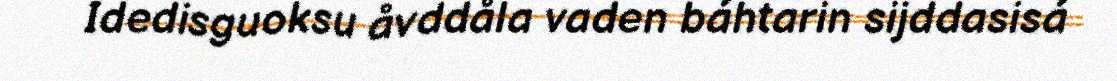
Idedisguoksu åvddåla vaden báhtarin sijddasisá